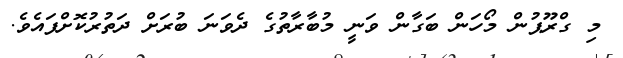
މި ގްރޫޕުން މޯހަން ބަގާން ވަނީ މުބާރާތުގެ ދެވަނަ ބުރަށް ދަތުރުކޮށްފައެވެ.